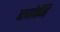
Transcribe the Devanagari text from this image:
एगोनि